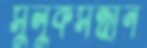
সুলুকসন্ধান